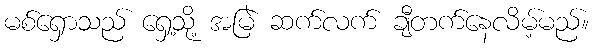
မစ်ရှောသည် ရှေ့သို့ အမြဲ ဆက်လက် ချီတက်နေလိမ့်မည်။